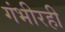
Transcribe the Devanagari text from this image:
गंभीरही